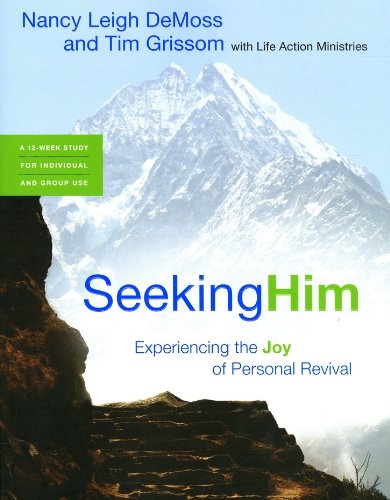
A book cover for Seeking Him: Experiencing the Joy of Personal Revival; Nancy Leigh DeMoss; Christian Books & Bibles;